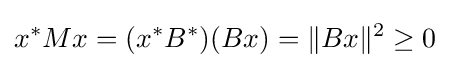
x^{*}Mx=(x^{*}B^{*})(Bx)=\|Bx\|^{2}\geq 0